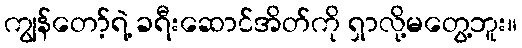
ကျွန်တော့်ရဲ့ ခရီးဆောင်အိတ်ကို ရှာလို့မတွေ့ဘူး။